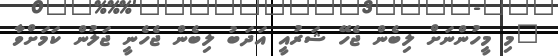
"މި މީހުންނަށް ލިބެން ޖެހޭ ޝަރުއީ އަދަބު ލިބެން ޖެހެނީ ޖަލުން ކަމަށްވާ